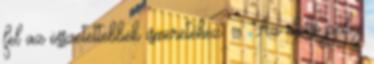
fel az összetettebbek ismeretéhez . Az utolsó pedig